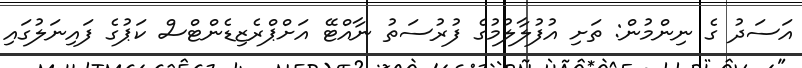
އަސަދު ގެ ނިންމުން: ތަށި އުފުލާލުމުގެ ފުރުސަތު ނާއްޓޭ އަށްޕްރެޒިޑެންޓްސް ކަޕުގެ ފައިނަލުގައި